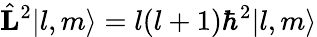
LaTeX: \hat{\mathbf L}^{2}|l,m\rangle=l(l+1)\hbar^{2}|l,m\rangle